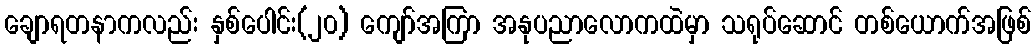
ချောရတနာကလည်း နှစ်ပေါင်း(၂၀) ကျော်အကြာ အနုပညာလောကထဲမှာ သရုပ်ဆောင် တစ်ယောက်အဖြစ်